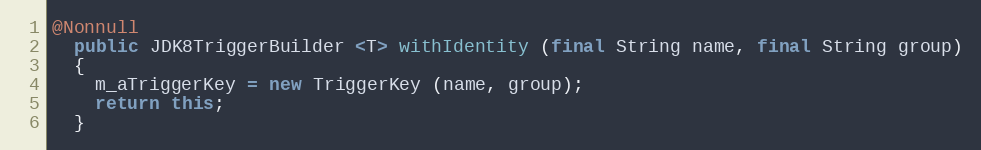
Language: Java
@Nonnull
  public JDK8TriggerBuilder <T> withIdentity (final String name, final String group)
  {
    m_aTriggerKey = new TriggerKey (name, group);
    return this;
  }